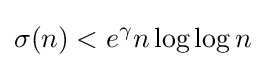
\sigma (n)<e^{\gamma }n\log \log n